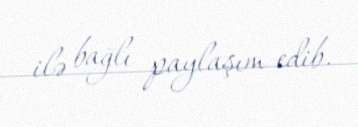
ilə bağlı paylaşım edib.